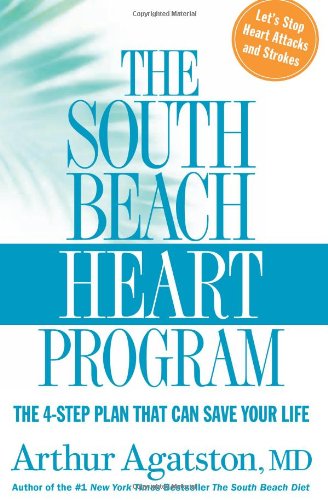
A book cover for The South Beach Heart Program: The 4-Step Plan that Can Save Your Life (The South Beach Diet); Arthur Agatston; Health, Fitness & Dieting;